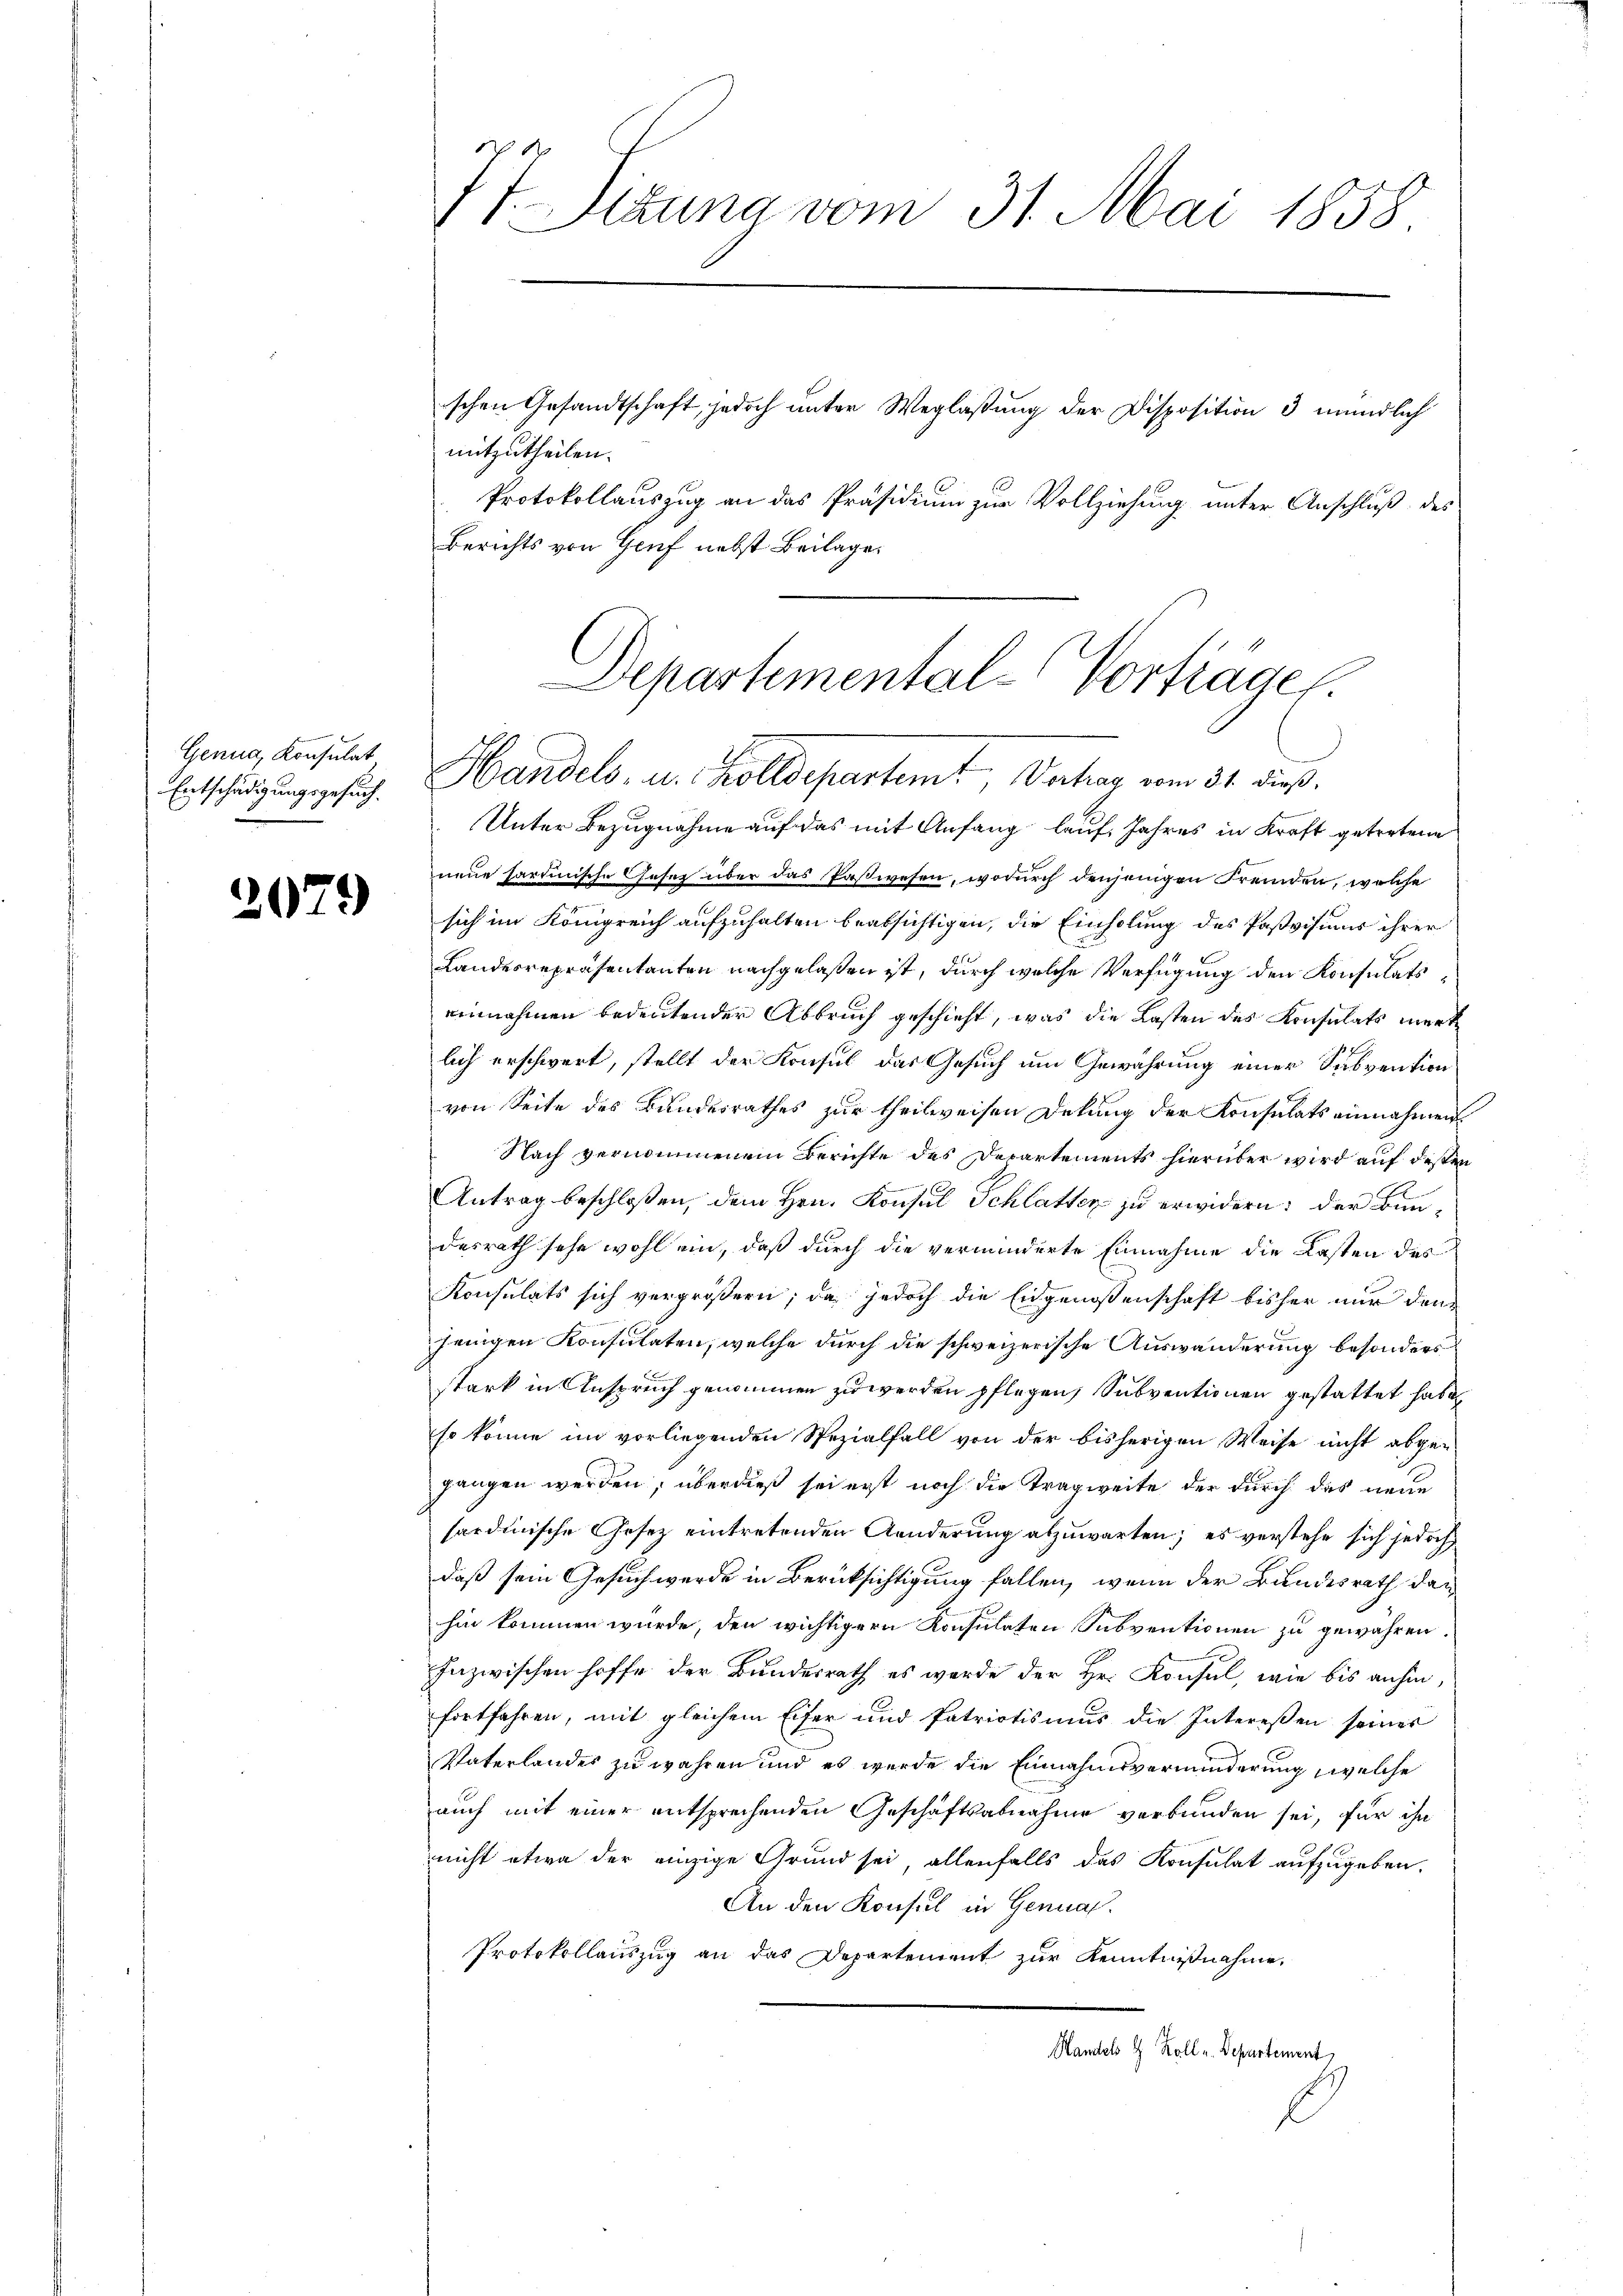
Genug, Konsulat
Entschädigungsgesuch.

2079

St Sizung vom 31. Mai 1858.
schen Gesandtschaft, jedoch unter Weglaßung der Disposition 3 mündlich
mitzutheilen.
Protokollauszug an das Präsidium zur Vollziehung unter Anschluß des
Berichts von Genf nebst Beilage

Unter Bezugnahme auf das mit Anfang lauf Jahres in Kraft getretene
neue hartinische Gesez über das Paßwesen, wodurch denjenigen Fremden, welche
sich im Königreich aufzuhalten beabsichtigen, die Einholung des Paßvisums ihrer
Landesrepräsentanten nachgelaßen ist, durch welche Verfügung den Konsulats
einnahmen bedeutender Abbruch geschieht, was die Lasten des Konsulats merk
lich erschwert, stellt der Konsul das Gesuch um Gewährung einer Subvention
von Seite des Bundesrathes zur theilweisen Delung der Konsulats einnahmen.
Nach vernommenem Berichte des Departements hierüber wird auf deßen
Antrag beschloßen, dem Hrn. Konsul Schlatter zu erwidern: der Bundesrath sehr wohl ein, daß durch die verminderte Einnahme die Kasten des
Konsulats sich vergrößern; da jedoch die Eidgenossenschaft bisher nur denjenigen Konsulaten, welche durch die schweizerische Auswanderung besonders
stark in Anspruch genommen zu werden pflegen, Subventionen gestattet haben
so könne im vorliegenden Spezialfall von der bisherigen Weise nicht abge-
gangen werden, überdieß sei erst noch die Tragweite der durch das neue
sardinische Gesetz eintretenden Aenderung abzuwarten; es verstehe sich jedoch,
daß sein Gesuch werde in Berücksichtigung fallen, wenn der Bundesrath den
hin kommen wurde, den wichtigern Konsulaten Subventionen zu gewähren
Inzwischen hoffe der Bundesrath es wurde der Hr. Konsul, wie bis anhin
fortfahren, mit gleichem Eifer und Patriotismus die Interessen seiner
Paterlandes zu wahren und es wurde die Einnahmsverminderung, welche
auch mit einer entsprechenden Geschäftsabnahme verbunden sei, für ihn
nicht etwa der einzige Grund sei, allenfalls das Konsulat aufzugeben.
An den Konsul in Genual¬
Protokollauszug an das Departement zur Kenntnißnahme,
Handels 8 Zoll u. Departement

Departemental-Vorträge
Handels, u. Kolldepartemt, Verhar vom 31. dieß.